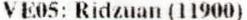
VE05: RIDZUAN (11900)